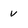
Character: v